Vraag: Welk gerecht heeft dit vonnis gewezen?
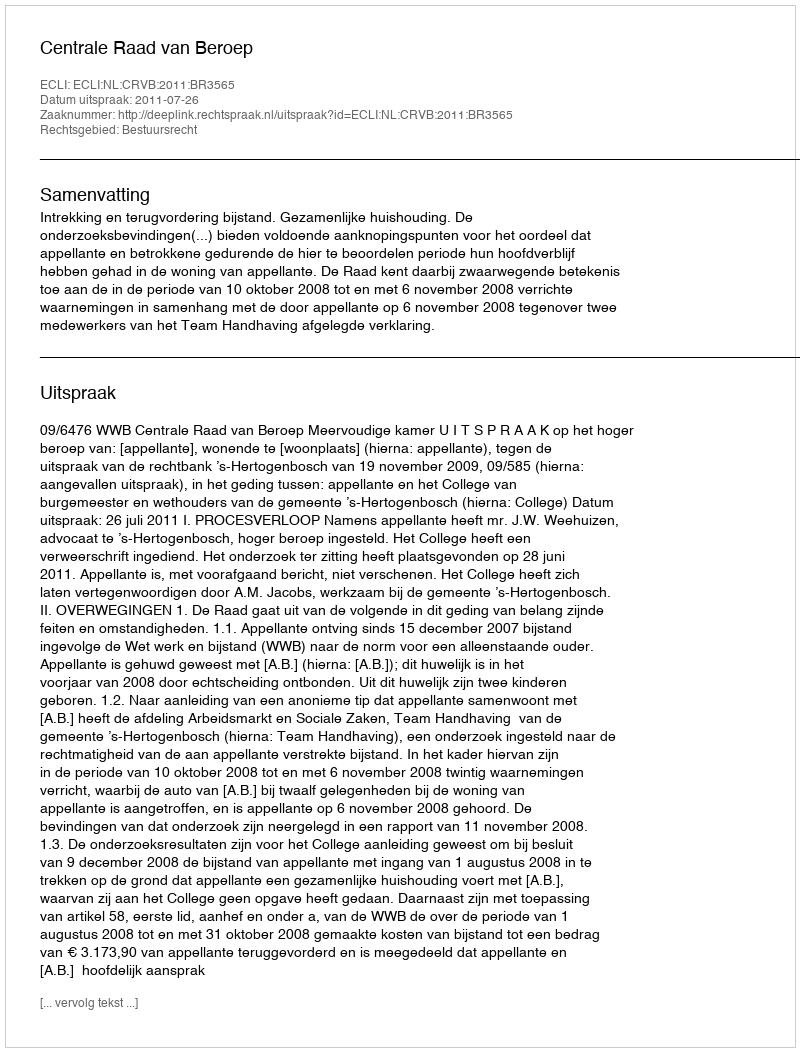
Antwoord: Centrale Raad van Beroep